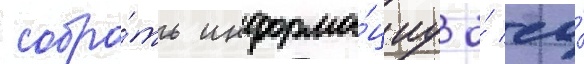
собра́ть информа́циу о́ ео́